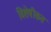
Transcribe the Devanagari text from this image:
विशेषीकत